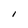
Character: I